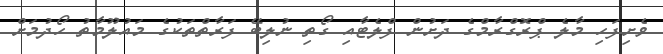
ވެށިފަހި މާލެ ޕްރޮގްރާމްގެ ދަށުން ފްލެޓާއި ގޯތި ނުލިބޭ ފަރާތްތަކުގެ މައުލޫމާތު ހޯދުމަށް